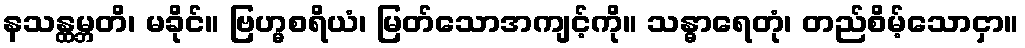
နသန္ထမ္ဘတိ၊ မခိုင်။ ဗြဟ္မစရိယံ၊ မြတ်သောအကျင့်ကို။ သန္ဓာရေတုံ၊ တည်စိမ့်သောငှာ။